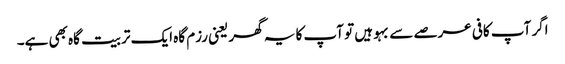
اگر آپ کافی عرصے سے بہو ہیں تو آپ کا یہ گھر یعنی رزم گاہ ایک تربیت گاہ بھی ہے۔